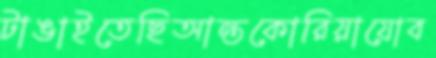
টাঙাইতেছিআন্তকোরিয়াযোব